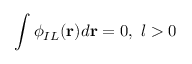
\int \phi _ { I L } ( { \bf r } ) d { \bf r } = 0 , ~ l > 0